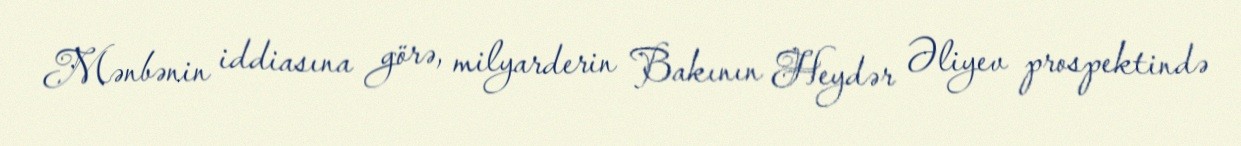
Mənbənin iddiasına görə, milyarderin Bakının Heydər Əliyev prospektində